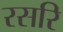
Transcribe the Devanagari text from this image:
रसरि